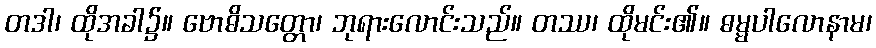
တဒါ၊ ထိုအခါ၌။ ဗောဓိသတ္တော၊ ဘုရားလောင်းသည်။ တဿ၊ ထိုမင်း၏။ ဓမ္မပါလောနာမ၊